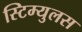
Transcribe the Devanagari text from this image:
स्टिम्युलस